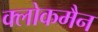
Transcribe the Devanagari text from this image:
क्लोकमैन